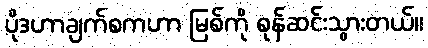
ပိုဒဟာချက်စကဟာ မြစ်ကို စုန်ဆင်းသွားတယ်။